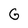
Character: G